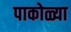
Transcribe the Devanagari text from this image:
पाकोळ्या